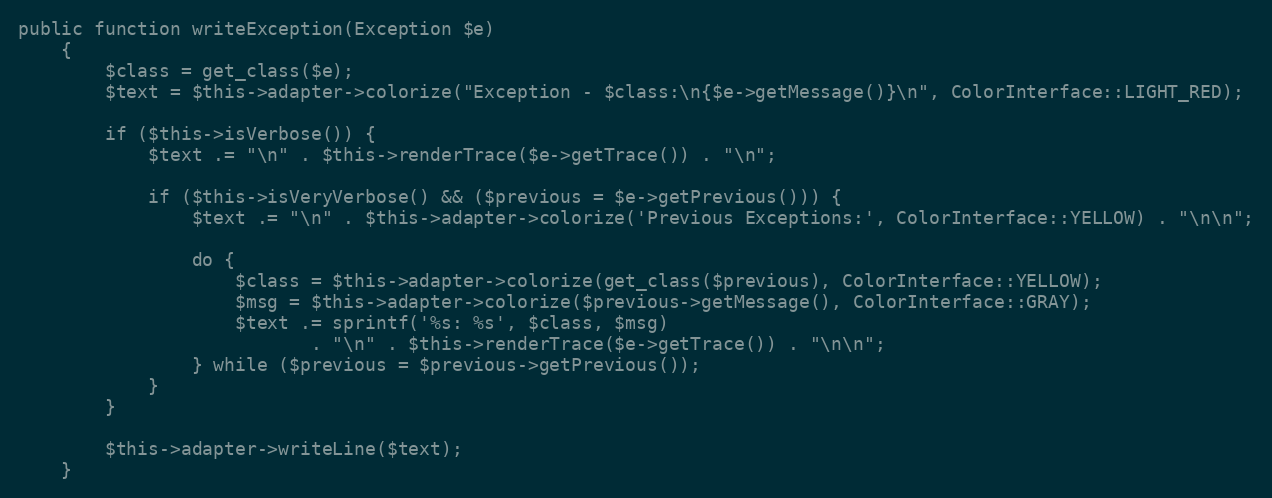
Language: PHP
public function writeException(Exception $e)
    {
        $class = get_class($e);
        $text = $this->adapter->colorize("Exception - $class:\n{$e->getMessage()}\n", ColorInterface::LIGHT_RED);

        if ($this->isVerbose()) {
            $text .= "\n" . $this->renderTrace($e->getTrace()) . "\n";

            if ($this->isVeryVerbose() && ($previous = $e->getPrevious())) {
                $text .= "\n" . $this->adapter->colorize('Previous Exceptions:', ColorInterface::YELLOW) . "\n\n";

                do {
                    $class = $this->adapter->colorize(get_class($previous), ColorInterface::YELLOW);
                    $msg = $this->adapter->colorize($previous->getMessage(), ColorInterface::GRAY);
                    $text .= sprintf('%s: %s', $class, $msg)
                           . "\n" . $this->renderTrace($e->getTrace()) . "\n\n";
                } while ($previous = $previous->getPrevious());
            }
        }

        $this->adapter->writeLine($text);
    }